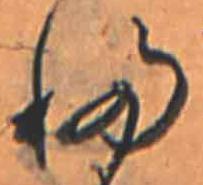
ふ